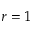
r = 1